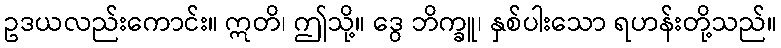
ဥဒယလည်းကောင်း။ ဣတိ၊ ဤသို့။ ဒွေ ဘိက္ခူ၊ နှစ်ပါးသော ရဟန်းတို့သည်။